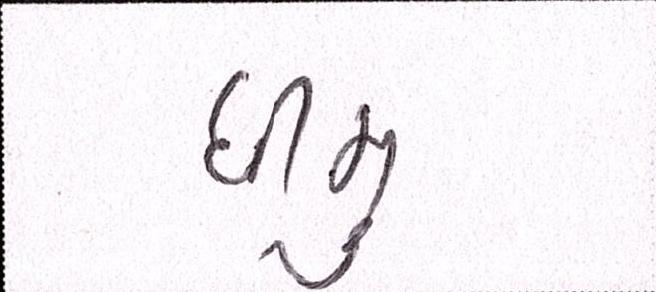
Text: ધીમુ